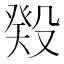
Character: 𬆬